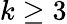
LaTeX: k\ge 3